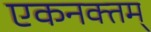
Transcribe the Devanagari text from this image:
एकनक्तम्